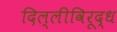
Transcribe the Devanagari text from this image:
दिल्लीविरूद्ध